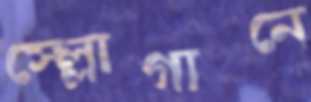
স্ল্লোগানে